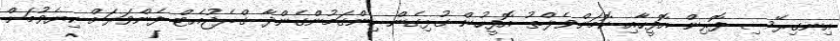
އިނގިރޭސި ފޮރިން އޮފީހާއި ކޮމަންވެލްތު އޮފީހުން ގުޅިގެން ހިންގަމުންގެންދާ ގްރެޖުއެޓް ފެންވަރަށް ކިޔެވުމަށް